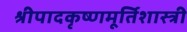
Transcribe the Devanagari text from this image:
श्रीपादकृष्णमूर्तिशास्त्री